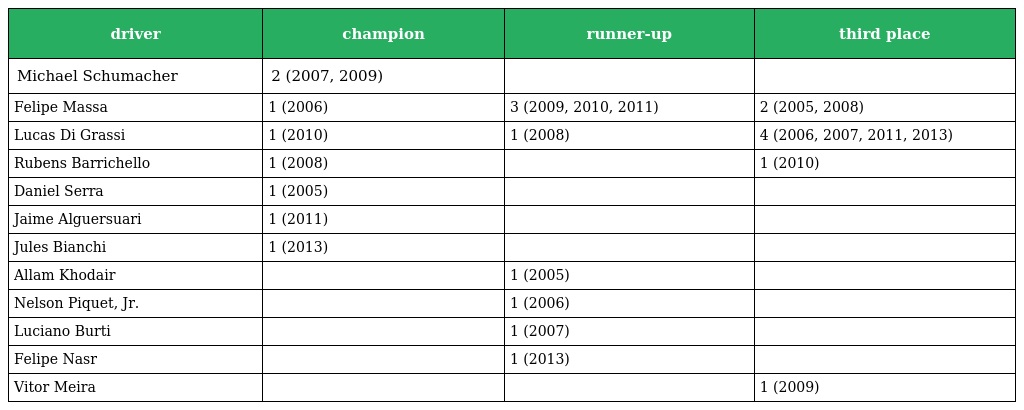
| driver | champion | runner-up | third place |
 | --- | --- | --- | --- |
 | Michael Schumacher | 2 (2007, 2009) |  |  |
 | Felipe Massa | 1 (2006) | 3 (2009, 2010, 2011) | 2 (2005, 2008) |
 | Lucas Di Grassi | 1 (2010) | 1 (2008) | 4 (2006, 2007, 2011, 2013) |
 | Rubens Barrichello | 1 (2008) |  | 1 (2010) |
 | Daniel Serra | 1 (2005) |  |  |
 | Jaime Alguersuari | 1 (2011) |  |  |
 | Jules Bianchi | 1 (2013) |  |  |
 | Allam Khodair |  | 1 (2005) |  |
 | Nelson Piquet, Jr. |  | 1 (2006) |  |
 | Luciano Burti |  | 1 (2007) |  |
 | Felipe Nasr |  | 1 (2013) |  |
 | Vitor Meira |  |  | 1 (2009) |